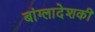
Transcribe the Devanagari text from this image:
बांग्लादेशकी